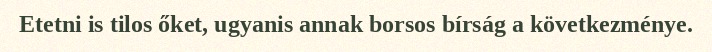
Etetni is tilos őket, ugyanis annak borsos bírság a következménye.